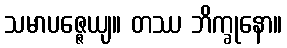
သမာပဇ္ဇေယျ။ တဿ ဘိက္ခုနော။